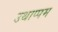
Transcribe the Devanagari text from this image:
उथाप्पम